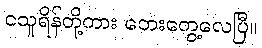
ငသူရိန်တို့ကား ဘေးတွေ့လေပြီ။